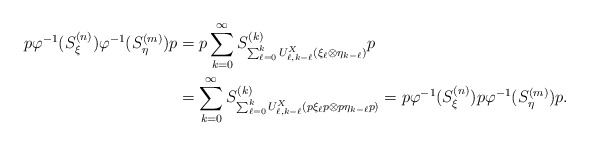
\begin{align*}p\varphi^{-1}(S^{(n)}_{\xi}) \varphi^{-1}(S^{(m)}_{\eta}) p &= p\sum_{k=0}^{\infty}S^{(k)}_{\sum_{\ell =0}^kU^X_{\ell,k - \ell}(\xi_{\ell}\otimes \eta_{k-\ell})} p \\& = \sum_{k=0}^{\infty}S^{(k)}_{\sum_{\ell =0}^kU^X_{\ell,k - \ell}(p \xi_{\ell} p \otimes p \eta_{k-\ell} p)} = p\varphi^{-1}(S^{(n)}_{\xi}) p \varphi^{-1}(S^{(m)}_{\eta}) p.\end{align*}